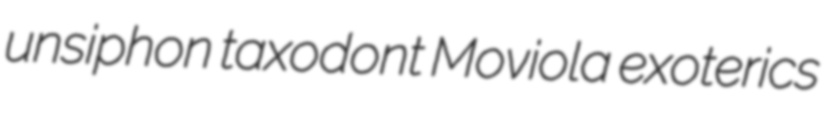
unsiphon taxodont Moviola exoterics